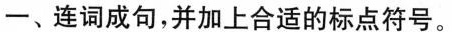
一、连词成句，并加上合适的标点符号。